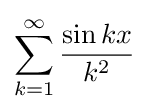
\sum _{k=1}^{\infty }{\frac {\sin kx}{k^{2}}}